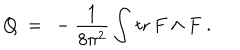
Q \ = \ - \frac { 1 } { 8 \pi ^ { 2 } } \int \! \; \textrm { t r } \, F \wedge F \ .